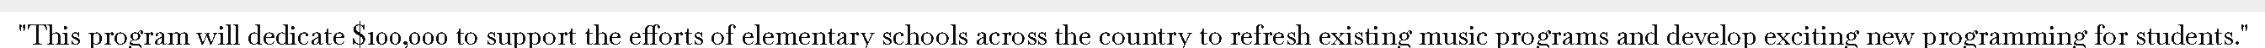
"This program will dedicate $100,000 to support the efforts of elementary schools across the country to refresh existing music programs and develop exciting new programming for students."